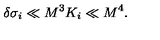
\delta \sigma _ { i } \ll M ^ { 3 } K _ { i } \ll M ^ { 4 } .